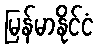
မြန်မာနိုင်ငံ